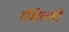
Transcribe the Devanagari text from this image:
गॅमेल्ली